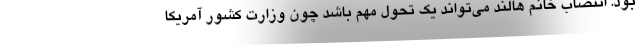
بود. انتصاب خانم هالند می‌تواند یک تحول مهم باشد چون وزارت کشور آمریکا